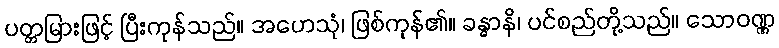
ပတ္တမြားဖြင့် ပြီးကုန်သည်။ အဟေသုံ၊ ဖြစ်ကုန်၏။ ခန္ဓာနိ၊ ပင်စည်တို့သည်။ သောဝဏ္ဏ